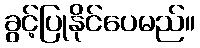
ခွင့်ပြုနိုင်ပေမည်။